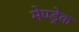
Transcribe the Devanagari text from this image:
मेण्ड्रेक